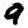
Digit: 9